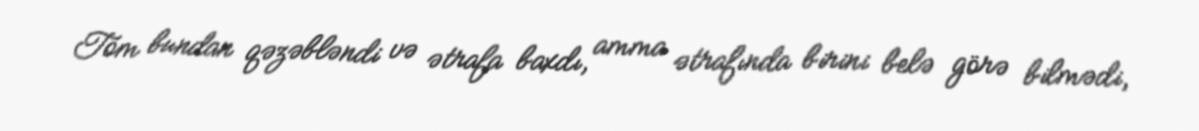
Tom bundan qəzəbləndi və ətrafa baxdı, amma ətrafında birini belə görə bilmədi,